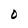
Character: O